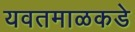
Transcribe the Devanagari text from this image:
यवतमाळकडे